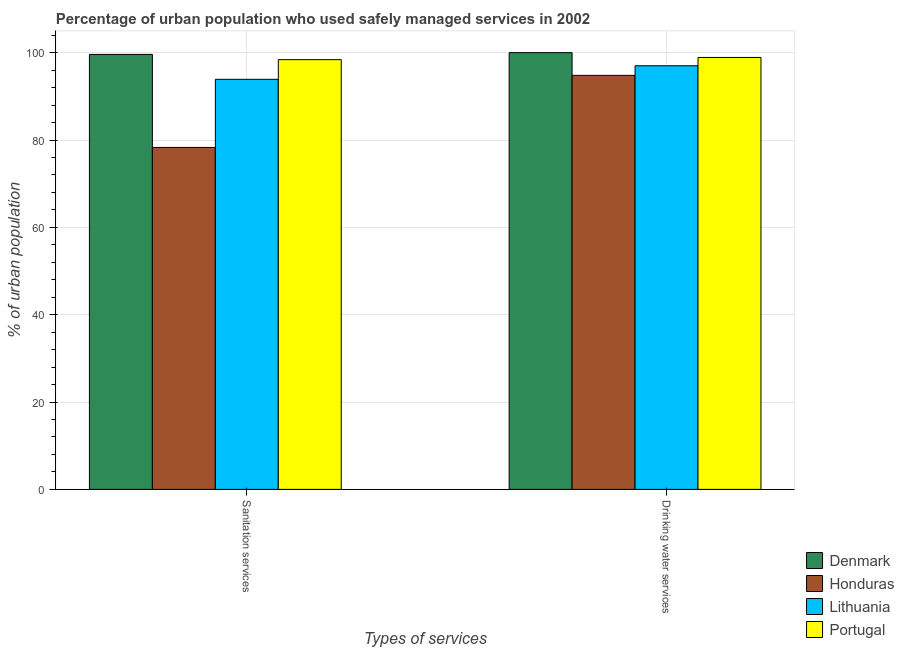
| Types of services | Denmark | Honduras | Lithuania | Portugal |
 | --- | --- | --- | --- | --- |
 | Sanitation services | 99.6 | 78.3 | 93.9 | 98.4 |
 | Drinking water services | 100 | 94.8 | 97 | 98.9 |